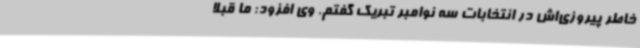
خاطر پیروزی‌اش در انتخابات سه نوامبر تبریک گفتم. وی افزود: ما قبلا